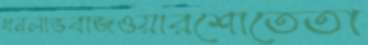
ধনলাভবাজওয়ারশোতেতা